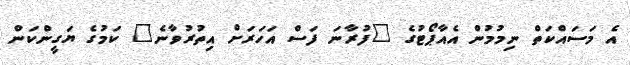
އެ މަސައްކަތް ނިމުމުން އެއާޕޯޓުގެ "ފުރާނަ ފަސް އަހަރަށް އިތުރުވާނެ" ކަމުގެ ޔަގީންކަން